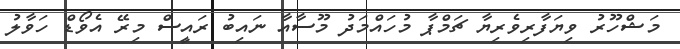
މަޝްހޫރު ވިޔަފާރިވެރިޔާ ޗަމްޕާ މުހައްމަދު މޫސާއާ ނައިބު ރައީސް މިރޭ އެވޯޑް ހަވާލު